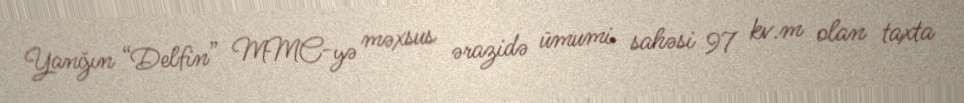
Yanğın “Delfin” MMC-yə məxsus ərazidə ümumi sahəsi 97 kv.m olan taxta